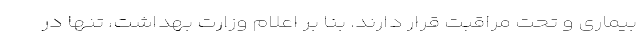
بیماری و تحت مراقبت قرار دارند. بنا بر اعلام وزارت بهداشت، تنها در